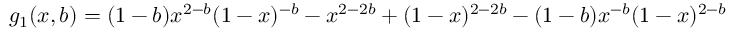
g _ { 1 } ( x , b ) = ( 1 - b ) x ^ { 2 - b } ( 1 - x ) ^ { - b } - x ^ { 2 - 2 b } + ( 1 - x ) ^ { 2 - 2 b } - ( 1 - b ) x ^ { - b } ( 1 - x ) ^ { 2 - b }